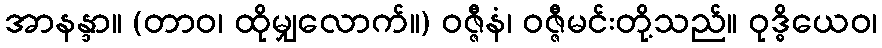
အာနန္ဒာ။ (တာဝ၊ ထိုမျှလောက်။) ဝဇ္ဇီနံ၊ ဝဇ္ဇီမင်းတို့သည်။ ဝုဒ္ဓိယေဝ၊